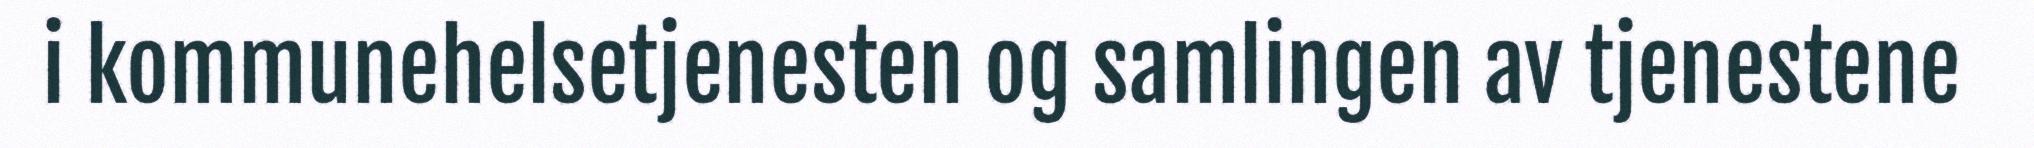
i kommunehelsetjenesten og samlingen av tjenestene